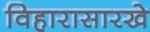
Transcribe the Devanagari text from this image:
विहारासारखे